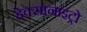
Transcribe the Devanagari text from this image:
हेक्सानाइट्रो